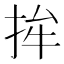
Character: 𱟵